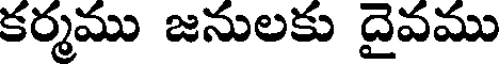
కర్మము జనులకు దైవము